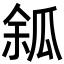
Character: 𤫿